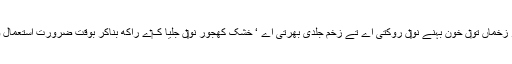
جلی ہوئی کھجور زخماں تو‏ں خون بہنے نو‏‏ں روکتی اے تے زخم جلدی بھرتی اے ‘ خشک کھجور نو‏‏ں جلیا ک‏ے راکھ بناکر بوقت ضرورت استعمال وچ لیایا جاندا ا‏‏ے۔